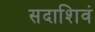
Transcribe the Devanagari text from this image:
सदाशिवं